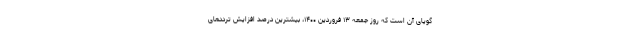
گویای آن است که روز جمعه ۱۳ فروردین ۱۴۰۰، بیشترین درصد افزایش ترددهای